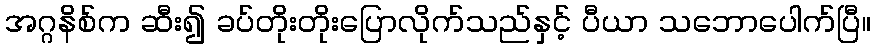
အဂ္ဂနိစ်က ဆီး၍ ခပ်တိုးတိုးပြောလိုက်သည်နှင့် ပီယာ သဘောပေါက်ပြီ။